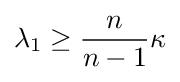
\lambda _{1}\geq {\frac {n}{n-1}}\kappa